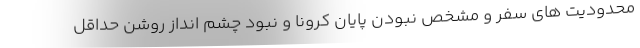
محدودیت های سفر و مشخص نبودن پایان کرونا و نبود چشم انداز روشن حداقل